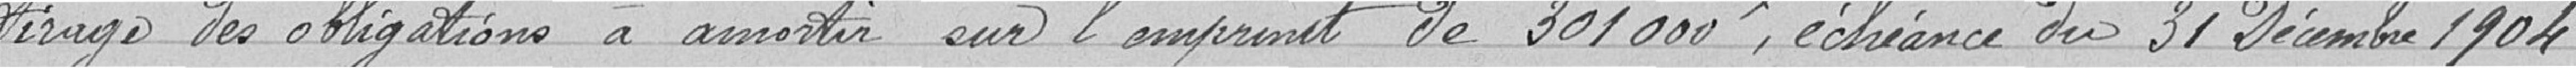
tirage des obligations à amortir sur l'emprunt de 301 000 francs, échéance du 31 Décembre 1904;